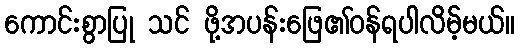
ကောင်းစွာပြု သင် ဖို့အပန်းဖြေ၏ဝန်ရပါလိမ့်မယ်။